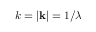
k = | { \mathbf { k } } | = 1 / \lambda